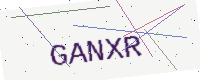
Text: GANXR